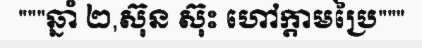
"""ឆ្នាំ ២,ស៊ុន ស៊ុះ ហៅក្តាមប្រៃ"""